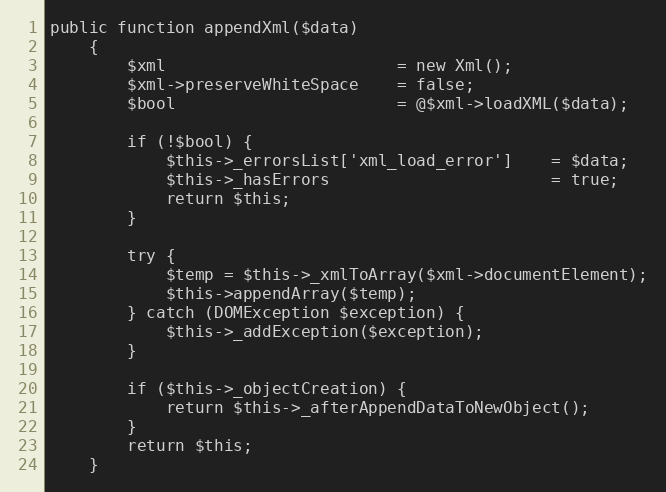
Language: PHP
public function appendXml($data)
    {
        $xml                        = new Xml();
        $xml->preserveWhiteSpace    = false;
        $bool                       = @$xml->loadXML($data);

        if (!$bool) {
            $this->_errorsList['xml_load_error']    = $data;
            $this->_hasErrors                       = true;
            return $this;
        }

        try {
            $temp = $this->_xmlToArray($xml->documentElement);
            $this->appendArray($temp);
        } catch (DOMException $exception) {
            $this->_addException($exception);
        }

        if ($this->_objectCreation) {
            return $this->_afterAppendDataToNewObject();
        }
        return $this;
    }